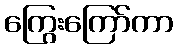
ကြွေးကြော်ကာ